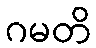
ဂမတိ